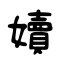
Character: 嬻